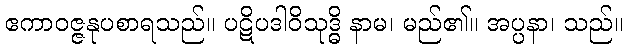
ဧကာဝဇ္ဇနုပစာရသည်။ ပဋိပဒါဝိသုဒ္ဓိ နာမ၊ မည်၏။ အပ္ပနာ၊ သည်။